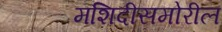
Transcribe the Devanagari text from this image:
मशिदीसमोरील